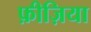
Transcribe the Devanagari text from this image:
फ़ीज़िया